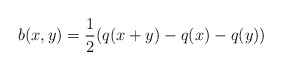
\begin{align*}b(x,y)=\frac{1}{2}(q(x+y)-q(x)-q(y))\end{align*}